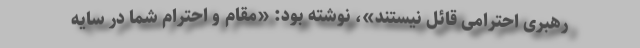
رهبری احترامی قائل نیستند»، نوشته بود: «مقام و احترام شما در سایه